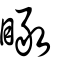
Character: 瞰